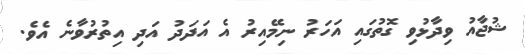
ޝުޖާއު ވިދާޅުވި ގޮތުގައި އަހަރު ނިމޭއިރު އެ އަދަދު އަދި އިތުރުވާނެ އެވެ.